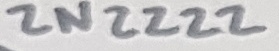
Text: 2N2222